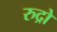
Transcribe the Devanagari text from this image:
रुद्रो